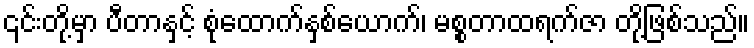
၎င်းတို့မှာ ပီတာနှင့် စုံထောက်နှစ်ယောက်၊ မစ္စတာထရက်ဇာ တို့ဖြစ်သည်။